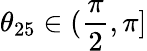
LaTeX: \theta_{25}\in(\frac{\pi}{2},\pi]